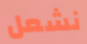
نشعل